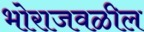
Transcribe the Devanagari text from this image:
भोराजवळील